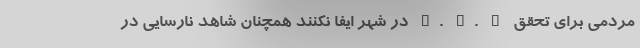
مردمی برای تحقق H. S. E در شهر ایفا نکنند همچنان شاهد نارسایی در